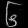
Digit: ၆